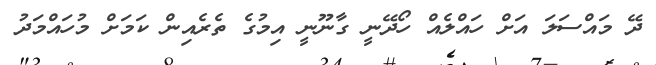
ދޭ މައްސަލަ އަށް ހައްލެއް ހޯދޭނީ ގާނޫނީ އިމުގެ ތެރެއިން ކަމަށް މުހައްމަދު